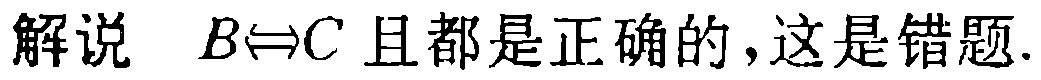
解说 \(B\Leftrightarrow C\) 且都是正确的，这是错题.